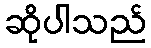
ဆိုပါသည်